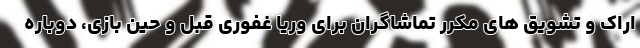
اراک و تشویق های مکرر تماشاگران برای وریا غفوری قبل و حین بازی، دوباره